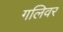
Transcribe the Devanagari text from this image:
गलिवर